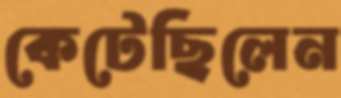
কেটেছিলেন